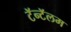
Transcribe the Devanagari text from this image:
टॅन्टॅलम